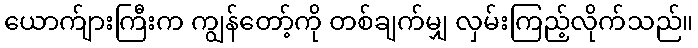
ယောက်ျားကြီးက ကျွန်တော့်ကို တစ်ချက်မျှ လှမ်းကြည့်လိုက်သည်။